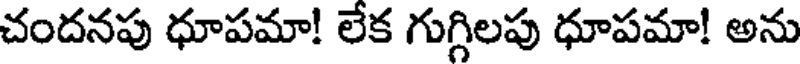
చందనపు ధూపమా! లేక గుగ్గిలపు ధూపమా! అను